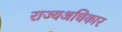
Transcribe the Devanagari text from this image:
राज्यअधिकार